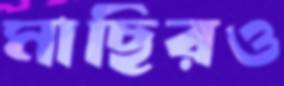
মাছিরও